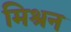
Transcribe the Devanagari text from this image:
मिश्रन